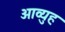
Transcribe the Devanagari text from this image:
आव्युह